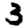
Digit: 3